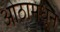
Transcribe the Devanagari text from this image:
ओठामधून